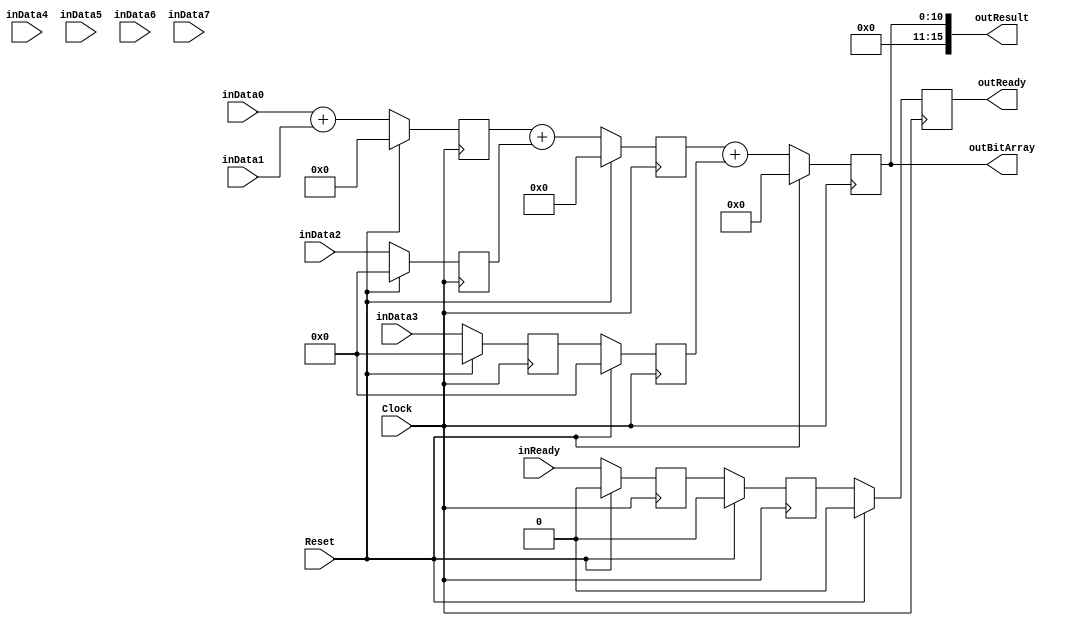
`timescale 1ns/1ps
`default_nettype none
// PLEASE READ THIS, IT MAY SAVE YOU SOME TIME AND MONEY, THANK YOU!
// * This file was generated by Quokka FPGA Toolkit.
// * Generated code is your property, do whatever you want with it
// * Place custom code between [BEGIN USER ***] and [END USER ***].
// * CAUTION: All code outside of [USER] scope is subject to regeneration.
// * Bad things happen sometimes in developer's life,
//   it is recommended to use source control management software (e.g. git, bzr etc) to keep your custom code safe'n'sound.
// * Internal structure of code is subject to change.
//   You can use some of signals in custom code, but most likely they will not exist in future (e.g. will get shorter or gone completely)
// * Please send your feedback, comments, improvement ideas etc. to evmuryshkin@gmail.com
// * Visit https://github.com/EvgenyMuryshkin/QuokkaEvaluation to access latest version of playground
//
// DISCLAIMER:
//   Code comes AS-IS, it is your responsibility to make sure it is working as expected
//   no responsibility will be taken for any loss or damage caused by use of Quokka toolkit.
//
// System configuration name is BitArrayPipelineModule_TopLevel, clock frequency is 1Hz, Top-level
// FSM summary
// -- Packages
module BitArrayPipelineModule_TopLevel
(
	// [BEGIN USER PORTS]
	// [END USER PORTS]
	input wire Clock,
	input wire Reset,
	input wire inReady,
	input wire [7:0] inData0,
	input wire [7:0] inData1,
	input wire [7:0] inData2,
	input wire [7:0] inData3,
	input wire [7:0] inData4,
	input wire [7:0] inData5,
	input wire [7:0] inData6,
	input wire [7:0] inData7,
	output wire outReady,
	output wire [15:0] outResult,
	output wire [10:0] outBitArray
);
	// [BEGIN USER SIGNALS]
	// [END USER SIGNALS]
	localparam HiSignal = 1'b1;
	localparam LoSignal = 1'b0;
	wire Zero = 1'b0;
	wire One = 1'b1;
	wire true = 1'b1;
	wire false = 1'b0;
	wire Inputs_inReady;
	reg Pipeline_stage0_NextState_IsS0Ready;
	reg [8: 0] Pipeline_stage0_NextState_Sum;
	reg [7: 0] Pipeline_stage0_State_DataDefault = 8'b00000000;
	reg Pipeline_stage1_NextState_IsS1Ready;
	reg [9: 0] Pipeline_stage1_NextState_Sum;
	reg [7: 0] Pipeline_stage1_State_DataDefault = 8'b00000000;
	reg Pipeline_stage2_NextState_ready;
	reg [10: 0] Pipeline_stage2_NextState_result;
	wire Pipeline_Inputs_inReady;
	wire Pipeline_State_ready;
	wire [10: 0] Pipeline_State_result;
	wire Pipeline_NextState_ready;
	wire [10: 0] Pipeline_NextState_result;
	reg Pipeline_stage0_State_IsS0Ready = 1'b0;
	wire Pipeline_stage0_State_IsS0ReadyDefault = 1'b0;
	reg [8: 0] Pipeline_stage0_State_Sum = 9'b000000000;
	wire [8: 0] Pipeline_stage0_State_SumDefault = 9'b000000000;
	reg Pipeline_stage1_State_IsS1Ready = 1'b0;
	wire Pipeline_stage1_State_IsS1ReadyDefault = 1'b0;
	reg [9: 0] Pipeline_stage1_State_Sum = 10'b0000000000;
	wire [9: 0] Pipeline_stage1_State_SumDefault = 10'b0000000000;
	reg Pipeline_stage2_State_ready = 1'b0;
	wire Pipeline_stage2_State_readyDefault = 1'b0;
	reg [10: 0] Pipeline_stage2_State_result = 11'b00000000000;
	wire [10: 0] Pipeline_stage2_State_resultDefault = 11'b00000000000;
	wire [9: 0] Pipeline_BitArrayPipelineModule_L30F27T86_Expr;
	wire signed [9: 0] Pipeline_BitArrayPipelineModule_L30F27T86_Expr_1;
	wire signed [9: 0] Pipeline_BitArrayPipelineModule_L30F27T86_Expr_2;
	wire [10: 0] Pipeline_BitArrayPipelineModule_L35F27T46_Expr;
	wire signed [10: 0] Pipeline_BitArrayPipelineModule_L35F27T46_Expr_1;
	wire signed [10: 0] Pipeline_BitArrayPipelineModule_L35F27T46_Expr_2;
	wire [11: 0] Pipeline_BitArrayPipelineModule_L41F30T49_Expr;
	wire signed [11: 0] Pipeline_BitArrayPipelineModule_L41F30T49_Expr_1;
	wire signed [11: 0] Pipeline_BitArrayPipelineModule_L41F30T49_Expr_2;
	wire [7 : 0] Inputs_inData [0 : 7];
	integer Pipeline_stage0_State_Data_Iterator;
	reg [7 : 0] Pipeline_stage0_State_Data [0 : 7];
	initial
	begin : Init_Pipeline_stage0_State_Data
		for (Pipeline_stage0_State_Data_Iterator = 0; Pipeline_stage0_State_Data_Iterator < 8; Pipeline_stage0_State_Data_Iterator = Pipeline_stage0_State_Data_Iterator + 1)
			Pipeline_stage0_State_Data[Pipeline_stage0_State_Data_Iterator] = 0;
	end
	integer Pipeline_stage0_NextState_Data_Iterator;
	reg [7 : 0] Pipeline_stage0_NextState_Data [0 : 7];
	integer Pipeline_stage1_State_Data_Iterator;
	reg [7 : 0] Pipeline_stage1_State_Data [0 : 7];
	initial
	begin : Init_Pipeline_stage1_State_Data
		for (Pipeline_stage1_State_Data_Iterator = 0; Pipeline_stage1_State_Data_Iterator < 8; Pipeline_stage1_State_Data_Iterator = Pipeline_stage1_State_Data_Iterator + 1)
			Pipeline_stage1_State_Data[Pipeline_stage1_State_Data_Iterator] = 0;
	end
	integer Pipeline_stage1_NextState_Data_Iterator;
	reg [7 : 0] Pipeline_stage1_NextState_Data [0 : 7];
	wire [7 : 0] Pipeline_Inputs_inData [0 : 7];
	always @ (posedge Clock)
	begin
		if ((Reset == 1))
		begin
			Pipeline_stage0_State_IsS0Ready <= Pipeline_stage0_State_IsS0ReadyDefault;
			Pipeline_stage0_State_Sum <= Pipeline_stage0_State_SumDefault;
			Pipeline_stage1_State_IsS1Ready <= Pipeline_stage1_State_IsS1ReadyDefault;
			Pipeline_stage1_State_Sum <= Pipeline_stage1_State_SumDefault;
			Pipeline_stage2_State_ready <= Pipeline_stage2_State_readyDefault;
			Pipeline_stage2_State_result <= Pipeline_stage2_State_resultDefault;
		end
		else
		begin
			Pipeline_stage0_State_IsS0Ready <= Pipeline_stage0_NextState_IsS0Ready;
			Pipeline_stage0_State_Sum <= Pipeline_stage0_NextState_Sum;
			Pipeline_stage1_State_IsS1Ready <= Pipeline_stage1_NextState_IsS1Ready;
			Pipeline_stage1_State_Sum <= Pipeline_stage1_NextState_Sum;
			Pipeline_stage2_State_ready <= Pipeline_stage2_NextState_ready;
			Pipeline_stage2_State_result <= Pipeline_stage2_NextState_result;
		end
	end
	always @ (posedge Clock)
	begin
		if ((Reset == 1))
		begin
			for (Pipeline_stage0_State_Data_Iterator = 0; (Pipeline_stage0_State_Data_Iterator < 8); Pipeline_stage0_State_Data_Iterator = (Pipeline_stage0_State_Data_Iterator + 1))
			begin
				Pipeline_stage0_State_Data[Pipeline_stage0_State_Data_Iterator] <= Pipeline_stage0_State_DataDefault;
			end
		end
		else
		begin
			for (Pipeline_stage0_State_Data_Iterator = 0; (Pipeline_stage0_State_Data_Iterator < 8); Pipeline_stage0_State_Data_Iterator = (Pipeline_stage0_State_Data_Iterator + 1))
			begin
				Pipeline_stage0_State_Data[Pipeline_stage0_State_Data_Iterator] <= Pipeline_stage0_NextState_Data[Pipeline_stage0_State_Data_Iterator];
			end
		end
	end
	always @ (posedge Clock)
	begin
		if ((Reset == 1))
		begin
			for (Pipeline_stage1_State_Data_Iterator = 0; (Pipeline_stage1_State_Data_Iterator < 8); Pipeline_stage1_State_Data_Iterator = (Pipeline_stage1_State_Data_Iterator + 1))
			begin
				Pipeline_stage1_State_Data[Pipeline_stage1_State_Data_Iterator] <= Pipeline_stage1_State_DataDefault;
			end
		end
		else
		begin
			for (Pipeline_stage1_State_Data_Iterator = 0; (Pipeline_stage1_State_Data_Iterator < 8); Pipeline_stage1_State_Data_Iterator = (Pipeline_stage1_State_Data_Iterator + 1))
			begin
				Pipeline_stage1_State_Data[Pipeline_stage1_State_Data_Iterator] <= Pipeline_stage1_NextState_Data[Pipeline_stage1_State_Data_Iterator];
			end
		end
	end
	assign Pipeline_BitArrayPipelineModule_L30F27T86_Expr = Pipeline_BitArrayPipelineModule_L30F27T86_Expr_1 + Pipeline_BitArrayPipelineModule_L30F27T86_Expr_2;
	assign Pipeline_BitArrayPipelineModule_L35F27T46_Expr = Pipeline_BitArrayPipelineModule_L35F27T46_Expr_1 + Pipeline_BitArrayPipelineModule_L35F27T46_Expr_2;
	assign Pipeline_BitArrayPipelineModule_L41F30T49_Expr = Pipeline_BitArrayPipelineModule_L41F30T49_Expr_1 + Pipeline_BitArrayPipelineModule_L41F30T49_Expr_2;
	always @ (*)
	begin
		Pipeline_stage0_NextState_IsS0Ready = Pipeline_stage0_State_IsS0Ready;
		Pipeline_stage0_NextState_Sum = Pipeline_stage0_State_Sum;
		Pipeline_stage0_NextState_Data[0] = Pipeline_stage0_State_Data[0];
		Pipeline_stage0_NextState_Data[1] = Pipeline_stage0_State_Data[1];
		Pipeline_stage0_NextState_Data[2] = Pipeline_stage0_State_Data[2];
		Pipeline_stage0_NextState_Data[3] = Pipeline_stage0_State_Data[3];
		Pipeline_stage0_NextState_Data[4] = Pipeline_stage0_State_Data[4];
		Pipeline_stage0_NextState_Data[5] = Pipeline_stage0_State_Data[5];
		Pipeline_stage0_NextState_Data[6] = Pipeline_stage0_State_Data[6];
		Pipeline_stage0_NextState_Data[7] = Pipeline_stage0_State_Data[7];
		Pipeline_stage1_NextState_IsS1Ready = Pipeline_stage1_State_IsS1Ready;
		Pipeline_stage1_NextState_Sum = Pipeline_stage1_State_Sum;
		Pipeline_stage1_NextState_Data[0] = Pipeline_stage1_State_Data[0];
		Pipeline_stage1_NextState_Data[1] = Pipeline_stage1_State_Data[1];
		Pipeline_stage1_NextState_Data[2] = Pipeline_stage1_State_Data[2];
		Pipeline_stage1_NextState_Data[3] = Pipeline_stage1_State_Data[3];
		Pipeline_stage1_NextState_Data[4] = Pipeline_stage1_State_Data[4];
		Pipeline_stage1_NextState_Data[5] = Pipeline_stage1_State_Data[5];
		Pipeline_stage1_NextState_Data[6] = Pipeline_stage1_State_Data[6];
		Pipeline_stage1_NextState_Data[7] = Pipeline_stage1_State_Data[7];
		Pipeline_stage2_NextState_ready = Pipeline_stage2_State_ready;
		Pipeline_stage2_NextState_result = Pipeline_stage2_State_result;
		Pipeline_stage0_NextState_IsS0Ready = Pipeline_Inputs_inReady;
		Pipeline_stage0_NextState_Sum = Pipeline_BitArrayPipelineModule_L30F27T86_Expr[8:0];
		Pipeline_stage0_NextState_Data[0] = Pipeline_Inputs_inData[0];
		Pipeline_stage0_NextState_Data[1] = Pipeline_Inputs_inData[1];
		Pipeline_stage0_NextState_Data[2] = Pipeline_Inputs_inData[2];
		Pipeline_stage0_NextState_Data[3] = Pipeline_Inputs_inData[3];
		Pipeline_stage0_NextState_Data[4] = Pipeline_Inputs_inData[4];
		Pipeline_stage0_NextState_Data[5] = Pipeline_Inputs_inData[5];
		Pipeline_stage0_NextState_Data[6] = Pipeline_Inputs_inData[6];
		Pipeline_stage0_NextState_Data[7] = Pipeline_Inputs_inData[7];
		Pipeline_stage1_NextState_IsS1Ready = Pipeline_stage0_State_IsS0Ready;
		Pipeline_stage1_NextState_Sum = Pipeline_BitArrayPipelineModule_L35F27T46_Expr[9:0];
		Pipeline_stage1_NextState_Data[0] = Pipeline_stage0_State_Data[0];
		Pipeline_stage1_NextState_Data[1] = Pipeline_stage0_State_Data[1];
		Pipeline_stage1_NextState_Data[2] = Pipeline_stage0_State_Data[2];
		Pipeline_stage1_NextState_Data[3] = Pipeline_stage0_State_Data[3];
		Pipeline_stage1_NextState_Data[4] = Pipeline_stage0_State_Data[4];
		Pipeline_stage1_NextState_Data[5] = Pipeline_stage0_State_Data[5];
		Pipeline_stage1_NextState_Data[6] = Pipeline_stage0_State_Data[6];
		Pipeline_stage1_NextState_Data[7] = Pipeline_stage0_State_Data[7];
		Pipeline_stage2_NextState_ready = Pipeline_stage1_State_IsS1Ready;
		Pipeline_stage2_NextState_result = Pipeline_BitArrayPipelineModule_L41F30T49_Expr[10:0];
	end
	assign Pipeline_BitArrayPipelineModule_L30F27T86_Expr_1 = { {2{1'b0}}, Pipeline_Inputs_inData[0] };
	assign Pipeline_BitArrayPipelineModule_L30F27T86_Expr_2 = { {2{1'b0}}, Pipeline_Inputs_inData[1] };
	assign Pipeline_BitArrayPipelineModule_L35F27T46_Expr_1 = { {2{1'b0}}, Pipeline_stage0_State_Sum };
	assign Pipeline_BitArrayPipelineModule_L35F27T46_Expr_2 = { {3{1'b0}}, Pipeline_stage0_State_Data[2] };
	assign Pipeline_BitArrayPipelineModule_L41F30T49_Expr_1 = { {2{1'b0}}, Pipeline_stage1_State_Sum };
	assign Pipeline_BitArrayPipelineModule_L41F30T49_Expr_2 = { {4{1'b0}}, Pipeline_stage1_State_Data[3] };
	assign Inputs_inReady = inReady;
	assign Inputs_inData[0] = inData0;
	assign Inputs_inData[1] = inData1;
	assign Inputs_inData[2] = inData2;
	assign Inputs_inData[3] = inData3;
	assign Inputs_inData[4] = inData4;
	assign Inputs_inData[5] = inData5;
	assign Inputs_inData[6] = inData6;
	assign Inputs_inData[7] = inData7;
	assign Pipeline_State_ready = Pipeline_stage2_State_ready;
	assign Pipeline_State_result = Pipeline_stage2_State_result;
	assign Pipeline_NextState_ready = Pipeline_stage2_NextState_ready;
	assign Pipeline_NextState_result = Pipeline_stage2_NextState_result;
	assign outReady = Pipeline_State_ready;
	assign outResult = { {5{1'b0}}, Pipeline_State_result };
	assign outBitArray = Pipeline_State_result;
	assign Pipeline_Inputs_inReady = Inputs_inReady;
	assign Pipeline_Inputs_inData[0] = Inputs_inData[0];
	assign Pipeline_Inputs_inData[1] = Inputs_inData[1];
	assign Pipeline_Inputs_inData[2] = Inputs_inData[2];
	assign Pipeline_Inputs_inData[3] = Inputs_inData[3];
	assign Pipeline_Inputs_inData[4] = Inputs_inData[4];
	assign Pipeline_Inputs_inData[5] = Inputs_inData[5];
	assign Pipeline_Inputs_inData[6] = Inputs_inData[6];
	assign Pipeline_Inputs_inData[7] = Inputs_inData[7];
	// [BEGIN USER ARCHITECTURE]
	// [END USER ARCHITECTURE]
endmodule